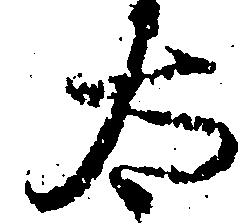
太